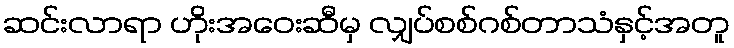
ဆင်းလာရာ ဟိုးအဝေးဆီမှ လျှပ်စစ်ဂစ်တာသံနှင့်အတူ